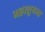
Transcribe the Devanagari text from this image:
महाशुषमा